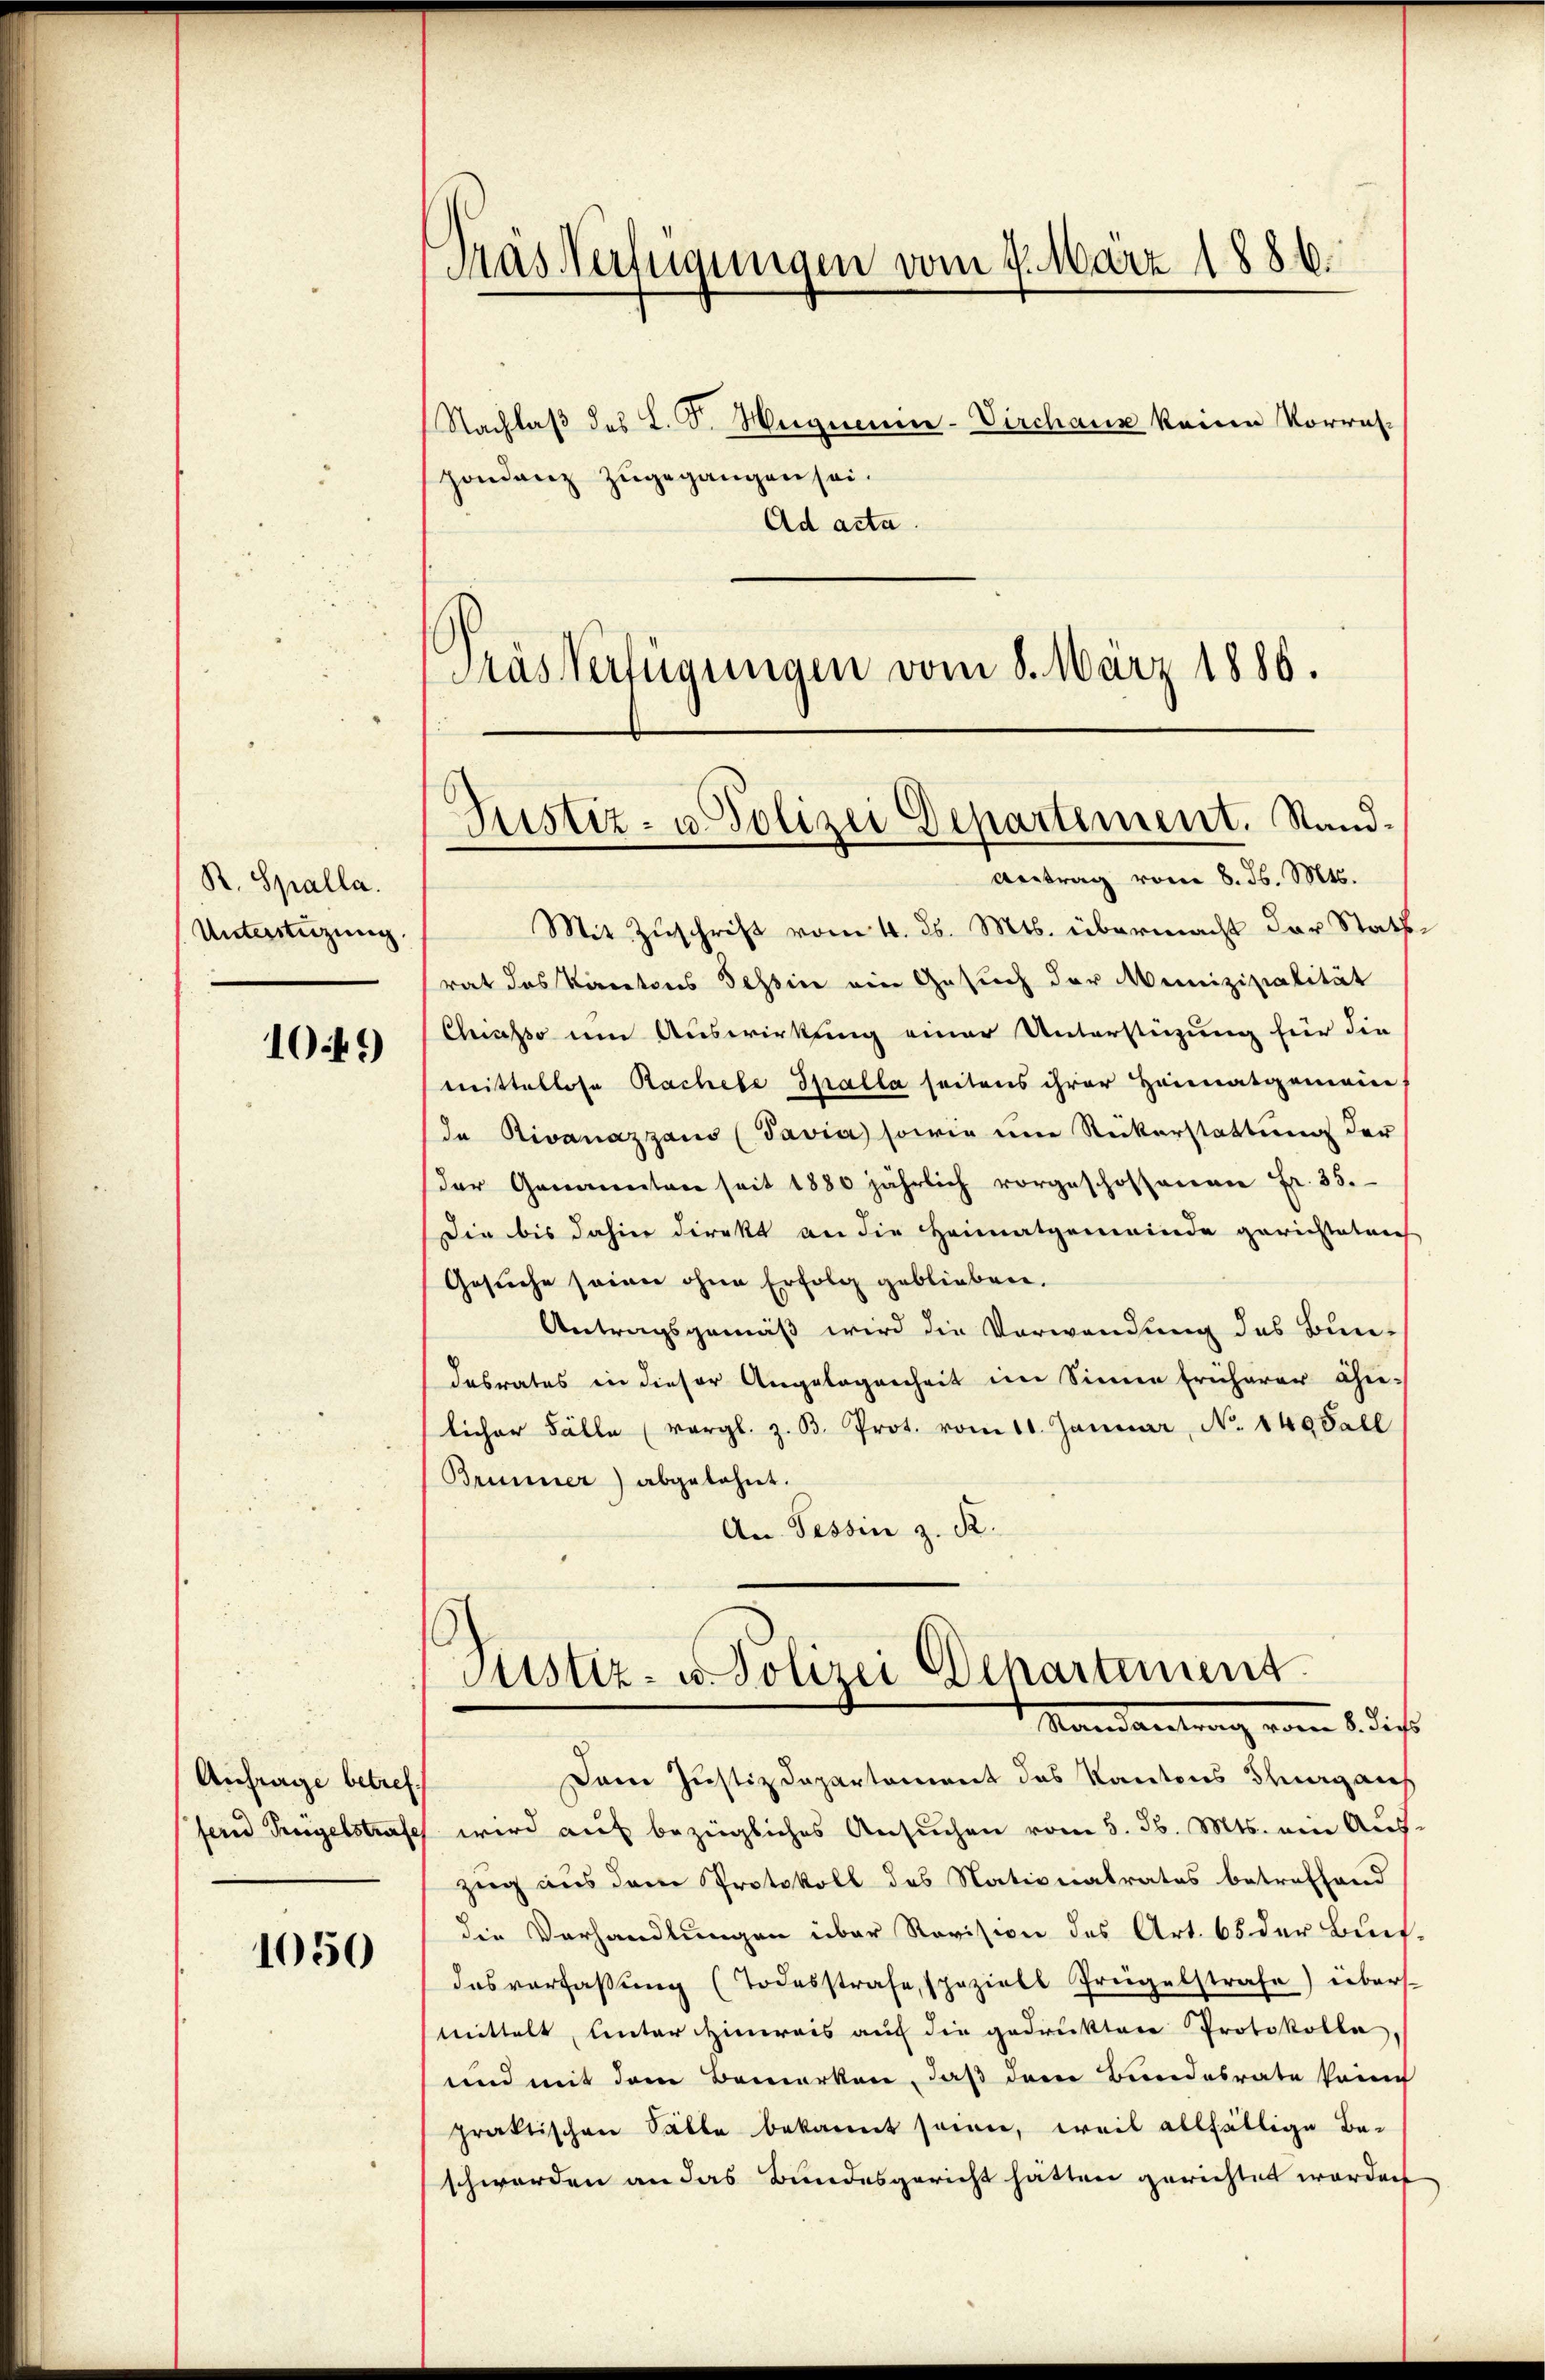
R. Spalla.
Unterstüzung.

10 f.)

Anfrage betreffern Teigelstrafe

1050

Trasserfügungen vom 7. März 1886.
Nachlaβ des L. S. Weigneum-Virchanz keine Vorres-
Hondenz zugegangen sei.
Ad acta.
Pras Verfügungen vom 8. März 1886.

Justiz- u. Polizei Departement. Stand¬
Antrag vom 8. d. Mts.

Mit Zuschrift vom 4. d. Mts. übermacht der Stattrat des Kantons Tessin ein Gesuch der Munizipalität
Chiasso im Auswirkung einer Unterstüzung für die
mittellose Rachele Spalla seitens ihrer Heimatgemein-
Ia Rivanazzaus (Pavia sowie um Rückerstattung der
der Genannten seit 1880 jährlich vorgeschossenen Fr. 35.
Die bis dahin direkt an die Heimatgemeinde gerichteten
Gesuche seine ohne Erfolg geblieben.
Antragsgemäß wird die Verwendung des Bun-
dabrates in dieser Angelegenheit im Sinne früherer ähn-
licher Fälle (vergl. z. B. Prot. vom 10. Januar, No. 149 Fall
Brunner) abgelehnt.
An Tessin z. R.
Justiz- u. Polizei Departement.
Mandantrag vom 1. dass
Dem Justizdepartement des Kantons Thurgaus
wird auf bezügliches Ansuchen vom 5. d. Mts. ein Aus-
zug aus dem Protokoll des Nationalrates betreffend
die Verhandlungen über Revision des Art. 65 der Buch-
das verfassŭng (Todesstrafe, speziell frügelstrafe) übers
mittelt, unter Himreis auf die gedrucktere Protokolle
und mit dem Bemerken, daß dem Bundesrate Prin
praktischen Fälle bekannt seien, weil allfällige Be-
schwerden an das Bundesgericht hätten gerichtet worden